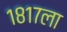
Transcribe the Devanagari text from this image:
१८१७ला